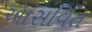
આસવિત